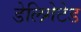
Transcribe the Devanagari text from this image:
डेलिगेटेड